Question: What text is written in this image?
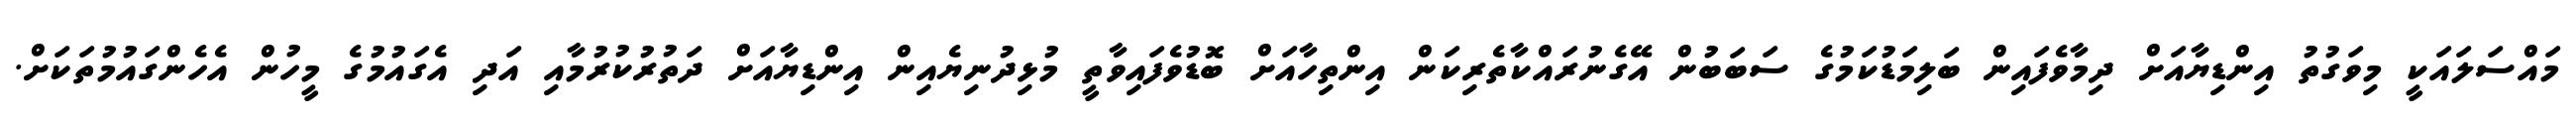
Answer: މައްސަލައަކީ މިވަގުތު އިންޑިޔާއަށް ދިމާވެފައިން ބަލިމަޑުކަމުގެ ސަބަބުން އޭގެނުރައްކާތެރިކަން އިންތިހާއަށް ބޮޑުވެފައިވާތީ މުޅިދުނިޔެއިން އިންޑިޔާއަށް ދަތުރުކުރުމާއި އަދި އެގައުމުގެ މީހުން އެހެންގައުމުތަކަށް.